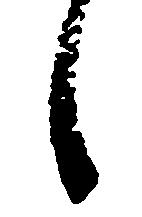
之